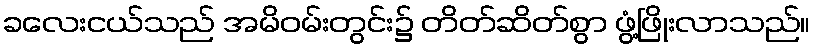
ခလေးငယ်သည် အမိဝမ်းတွင်း၌ တိတ်ဆိတ်စွာ ဖွံ့ဖြိုးလာသည်။